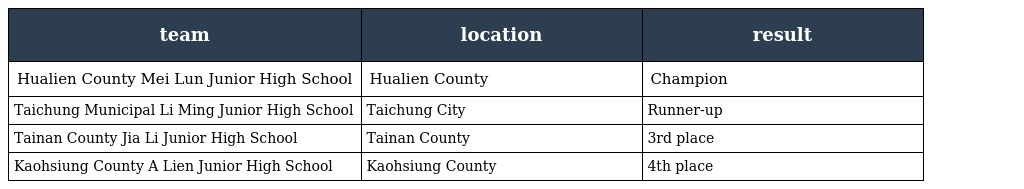
| team | location | result |
 | --- | --- | --- |
 | Hualien County Mei Lun Junior High School | Hualien County | Champion |
 | Taichung Municipal Li Ming Junior High School | Taichung City | Runner-up |
 | Tainan County Jia Li Junior High School | Tainan County | 3rd place |
 | Kaohsiung County A Lien Junior High School | Kaohsiung County | 4th place |